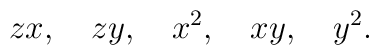
zx, \quad zy, \quad x^2, \quad xy, \quad y^2.